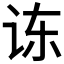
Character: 𮷅